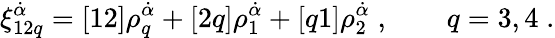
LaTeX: \xi_{12q}^{\dot{\alpha}}=[12]\rho_{q}^{\dot{\alpha}}+[2q]\rho_{1}^{\dot{\alpha}}+[q1]\rho_{2}^{\dot{\alpha}}\; ,\qquad q=3,4\; .